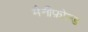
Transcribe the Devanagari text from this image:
मैनीफ़ोल्ड